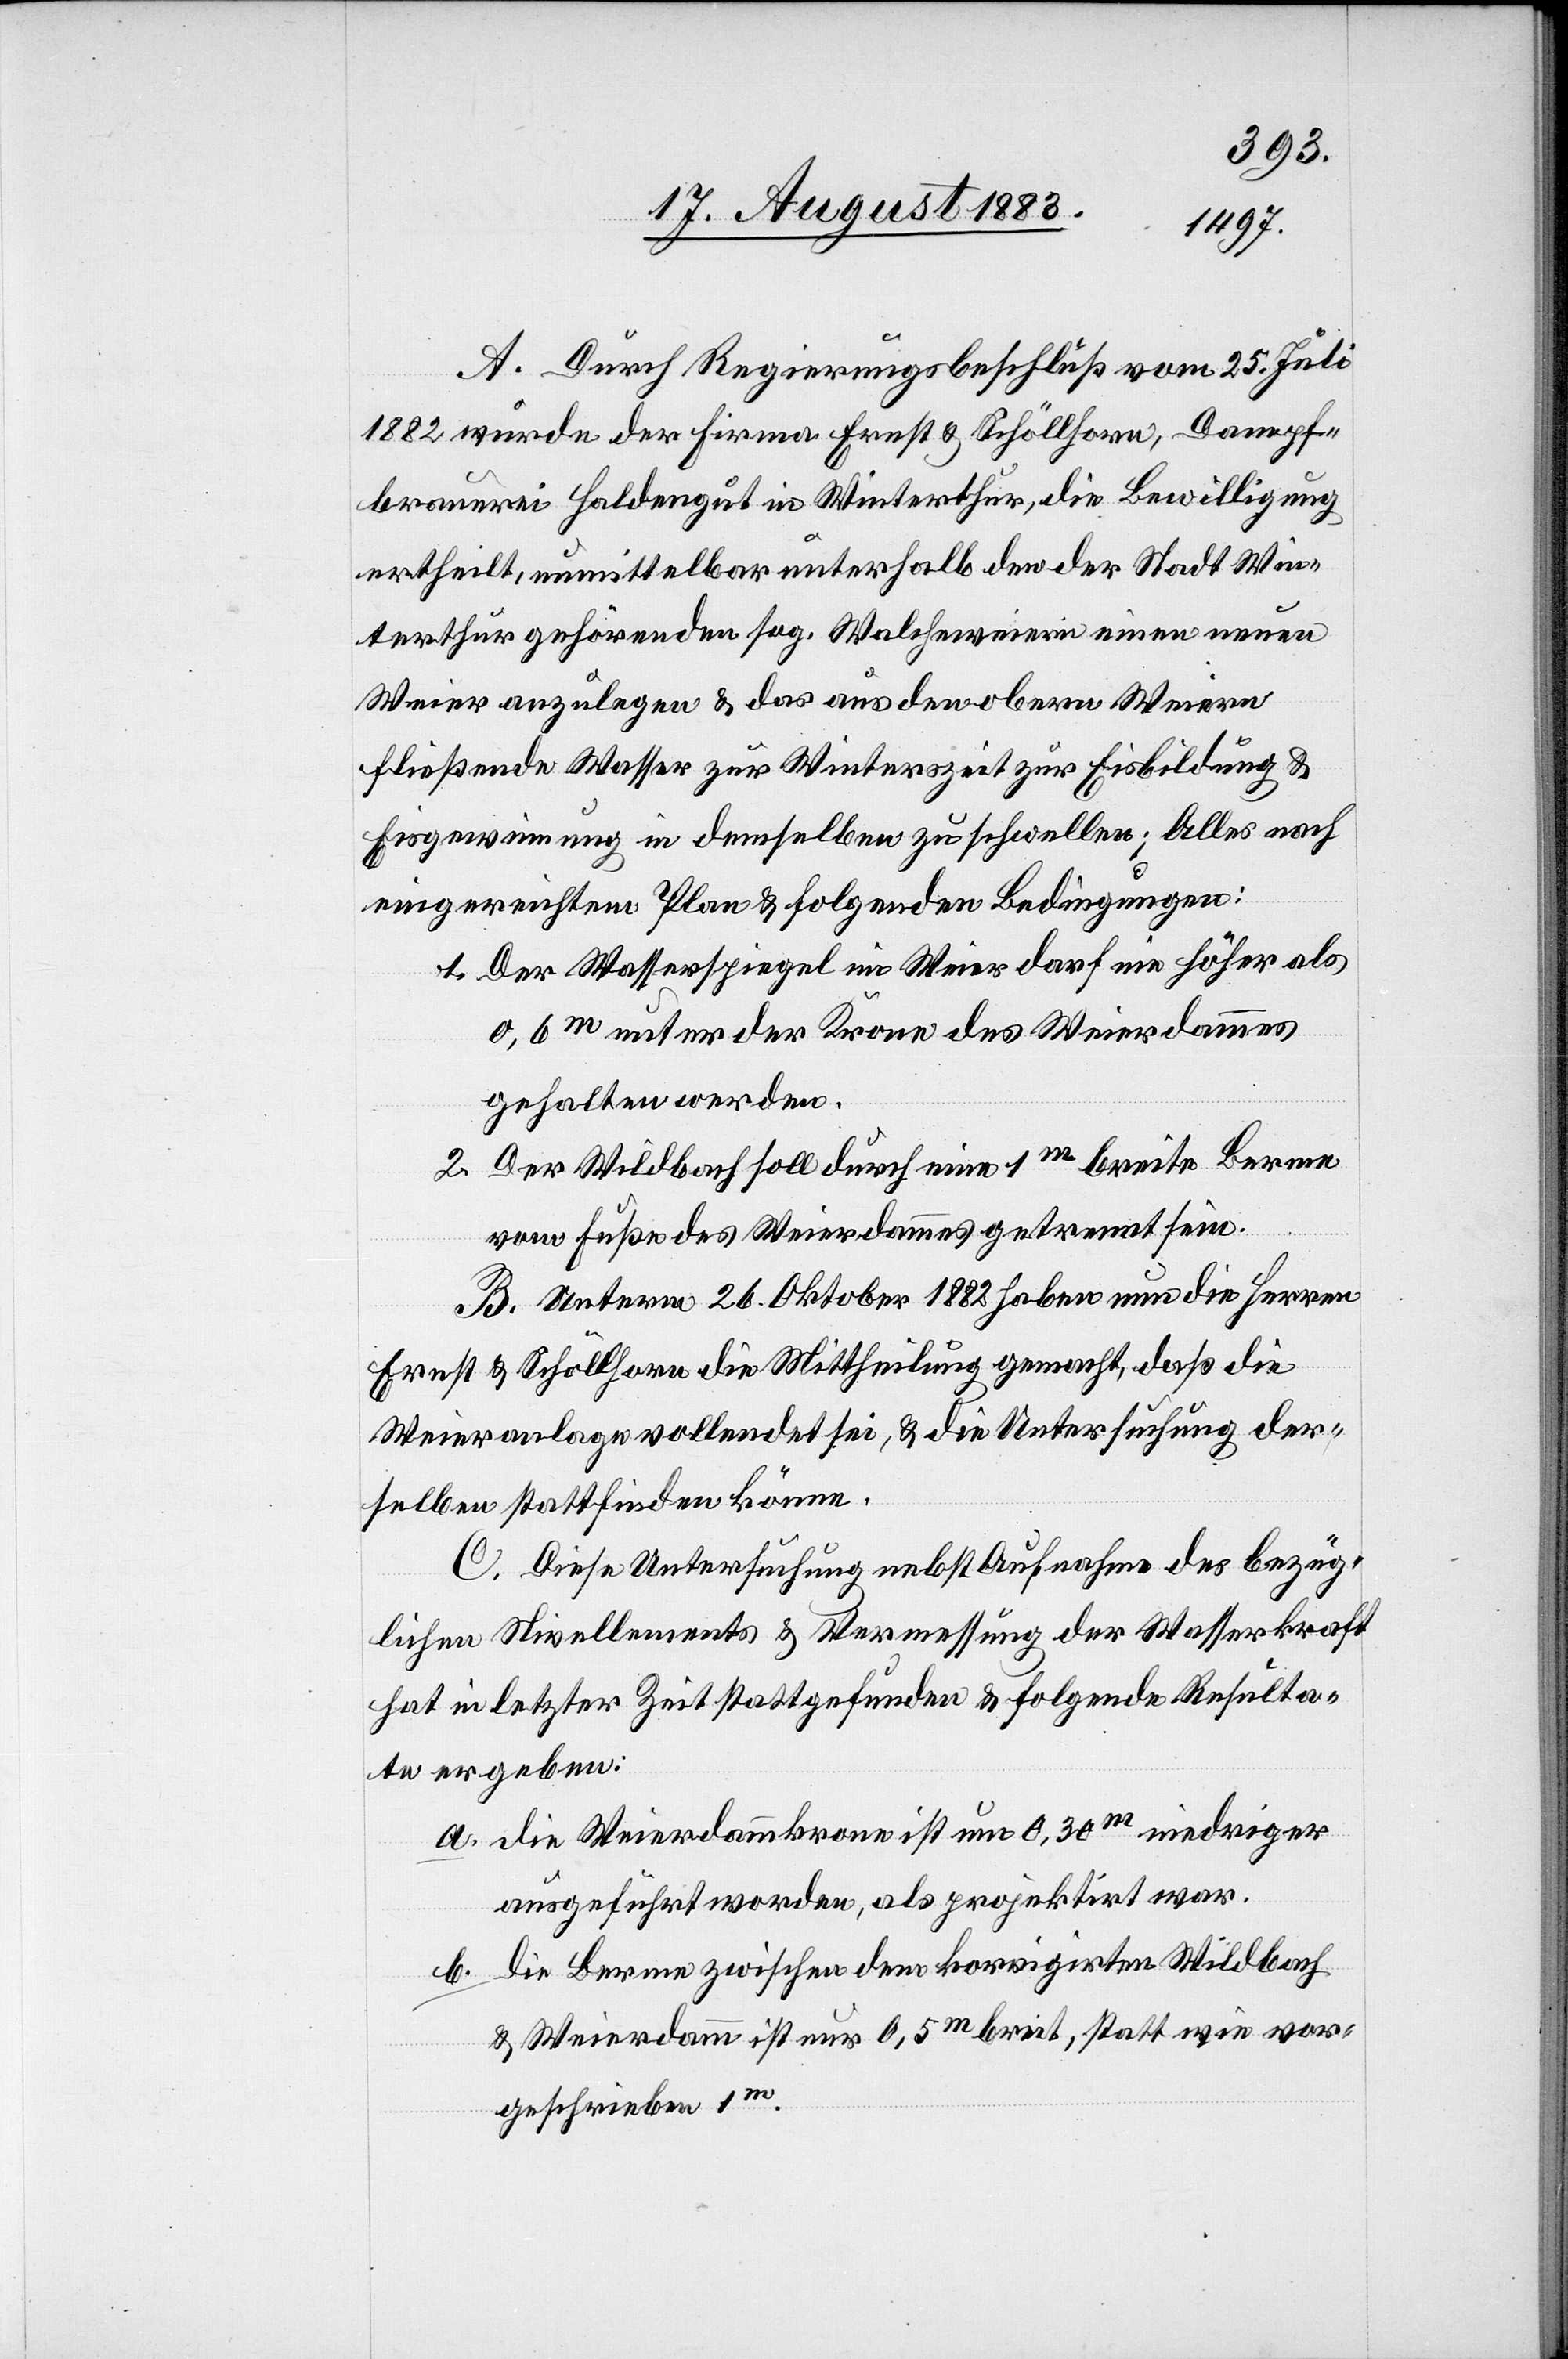
A. Durch Regierungsbeschluß vom 25. Juli
1882 wurde der Firma Ernst & Schöllhorn, Dampf¬
brauerei Haldengut in Winterthur, die Bewilligung
ertheilt, unmittelbar unterhalb den der Stadt Win¬
terthur gehörenden sog. Walcheweiern einen neuen
Weier anzulegen & das aus den obern Weiern
fließende Wasser zur Winterszeit zur Eisbildung &
Eisgewinnung in demselben zu schwellen; Alles nach
eingereichtem Plan & unter folgenden Bedingungen:
1. Der Wasserspiegel im Weier darf nie höher als
0,6m unter der Krone des Weierdammes
gehalten werden.
2. Der Wildbach soll durch eine 1m breite Berme
vom Fuße des Weierdammes getrennt sein.
B. Unterm 26. Oktober 1882 haben nun die Herren
Ernst & Schöllhorn die Mittheilung gemacht, daß die
Weieranlage vollendet sei, & die Untersuchung der¬
selben stattfinden könne.
C. Diese Untersuchung nebst Aufnahme des bezüg¬
lichen Nivellements & Vermessung der Wasserkraft
hat in letzter Zeit stattgefunden & folgende Resulta¬
te ergeben:
a. die Weierdammkrone ist um 0,30m niedriger
ausgeführt worden, als projektirt war.
b. die Berme zwischen dem korrigirten Wildbach
& Weierdamm ist nur 0,5m breit, statt wie vor¬
geschrieben 1m.